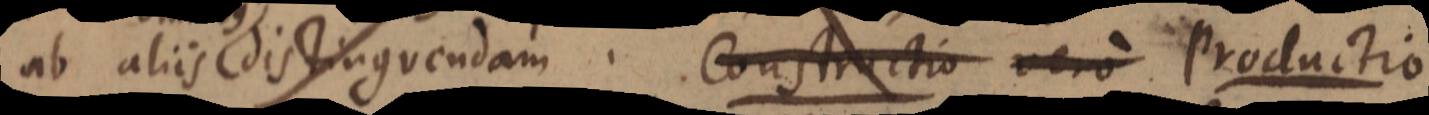
ab aliis distinguendam. Constructio vero Productio